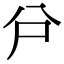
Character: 𠔅